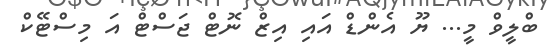
ބްލީވް މީ... ޔޫ އެންޑް އައި އިޒް ނޮޓް ޖަސްޓް އަ މިސްޓޭކް